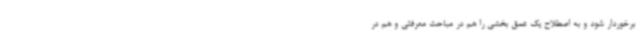
برخوردار شود و به اصطلاح یک عمق بخشی را هم در مباحث معرفتی و هم در